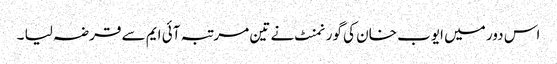
اس دور میں ایوب خان کی گورنمنٹ نے تین مرتبہ آئی ایم سے قرضہ لیا ۔